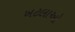
ખટલાઓ